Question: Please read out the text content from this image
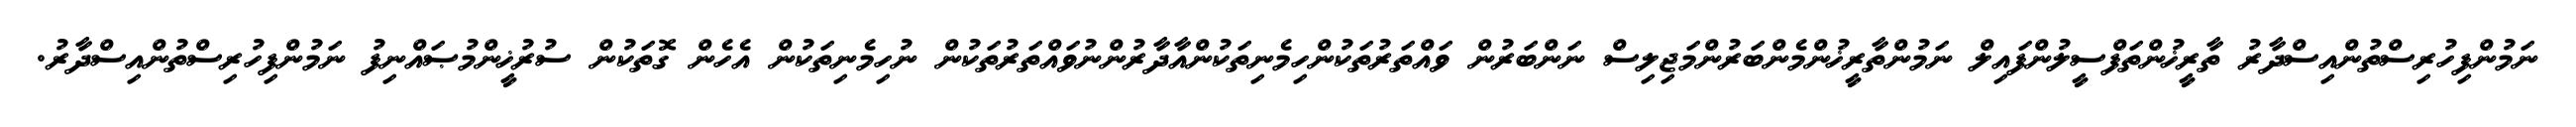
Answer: ނަމުންފިހުރިސްތުންއިސްދާރު ތާރީޚުންތަފްސީލުންފައިލް ނަމުންތާރީޚުންމެންބަރުންމަޖިލިސް ނަންބަރުން ވައްތަރުތަކުންހިމެނިތަކުންއާދާރުންނުވައްތަރުތަކުން ނުހިމެނިތަކުން އެހެން ގޮތަކުން ސުރުޚީންމުޞައްނިފު ނަމުންފިހުރިސްތުންއިސްދާރު.